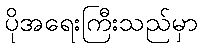
ပိုအရေးကြီးသည်မှာ